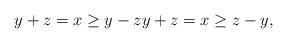
LaTeX: \begin{align*}y+z = x \ge y-z y+z = x \ge z-y,\end{align*}